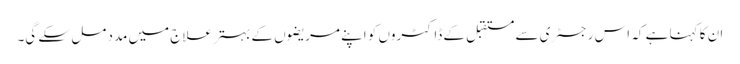
ان کا کہنا ہے کہ اس رجسٹری سے مستقبل کے ڈاکٹروں کو اپنے مریضوں کے بہتر علاج میں مدد مل سکے گی۔